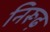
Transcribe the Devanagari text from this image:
निरूढ़